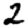
Digit: 2